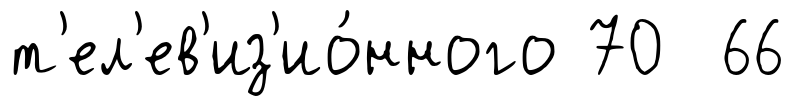
т'ел'ев'из'ио́нного 70 66